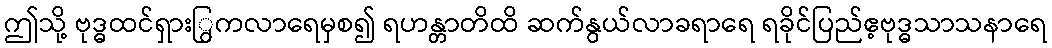
ဤသို့ ဗုဒ္ဓထင်ရှားြွကလာရေမှစ၍ ရဟန္တာတိထိ ဆက်နွယ်လာခရာရေ ရခိုင်ပြည်ဧ့ဗုဒ္ဓသာသနာရေ